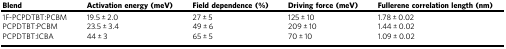
<table><thead><tr><td><b>Blend</b></td><td><b>Activation energy (meV)</b></td><td><b>Field dependence (%)</b></td><td><b>Driving force (meV)</b></td><td><b>Fullerene correlation length (nm)</b></td></tr></thead><tbody><tr><td>1F-PCPDTBT:PCBM</td><td>19.5 ± 2.0</td><td>27 ± 5</td><td>125 ± 10</td><td>1.78 ± 0.02</td></tr><tr><td>PCPDTBT:PCBM</td><td>23.5 ± 3.4</td><td>49 ± 6</td><td>209 ± 10</td><td>1.44 ± 0.02</td></tr><tr><td>PCPDTBT:ICBA</td><td>44 ± 3</td><td>65 ± 5</td><td>70 ± 10</td><td>1.09 ± 0.02</td></tr></tbody></table>